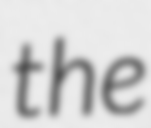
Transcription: the